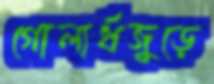
গোলার্ধজুড়ে